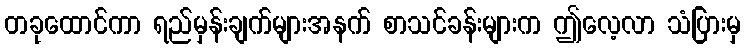
တခုထောင်ကာ ရည်မှန်းချက်များအနက် စာသင်ခန်းများက ဤလေ့လာ သံပြားမှ